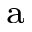
^ \mathrm { a }